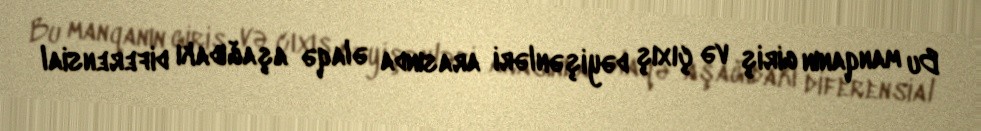
Bu manqanın giriş və çıxış dəyişənləri arasında əlaqə aşağıdakı diferensial